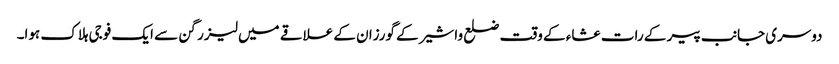
دوسری جانب پیر کے رات عشاء کے وقت ضلع واشیر کے گورزان کے علاقے میں لیزر گن سے ایک فوجی ہلاک ہوا۔